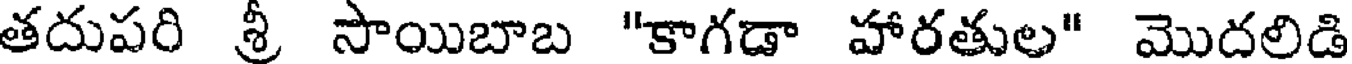
తదుపరి శ్రీ సాయిబాబ "కాగడా హారతుల" మొదలిడి